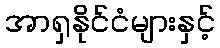
အာရှနိုင်ငံများနှင့်